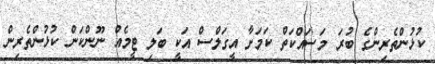
ކުޅުންތެރިންގެ ބުރަ މަސައްކަތް ކަމަށާ އީގަލްސް އަކީ ބަލި ޓީމެއް ނޫންކަން ކުޅުންތެރިން